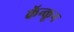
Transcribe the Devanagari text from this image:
कॅन्कून